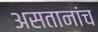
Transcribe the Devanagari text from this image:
असतानांच